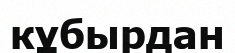
кұбырдан